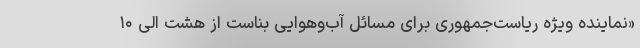
«نماینده ویژه ریاست‌جمهوری برای مسائل آب‌وهوایی بناست از هشت الی ۱۰